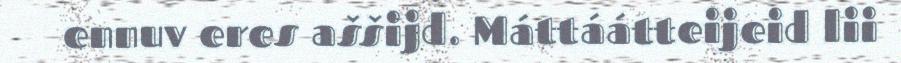
ennuv eres aššijd. Máttáátteijeid lii